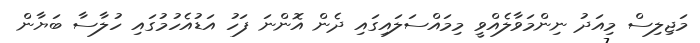
މަޖިލިސް މިއަދު ނިންމަވާލެއްވީ މިމައްސަލައިގައި ދެން އޮންނަ ފަހު އަޑުއެހުމުގައި ހުލާސާ ބަޔާން